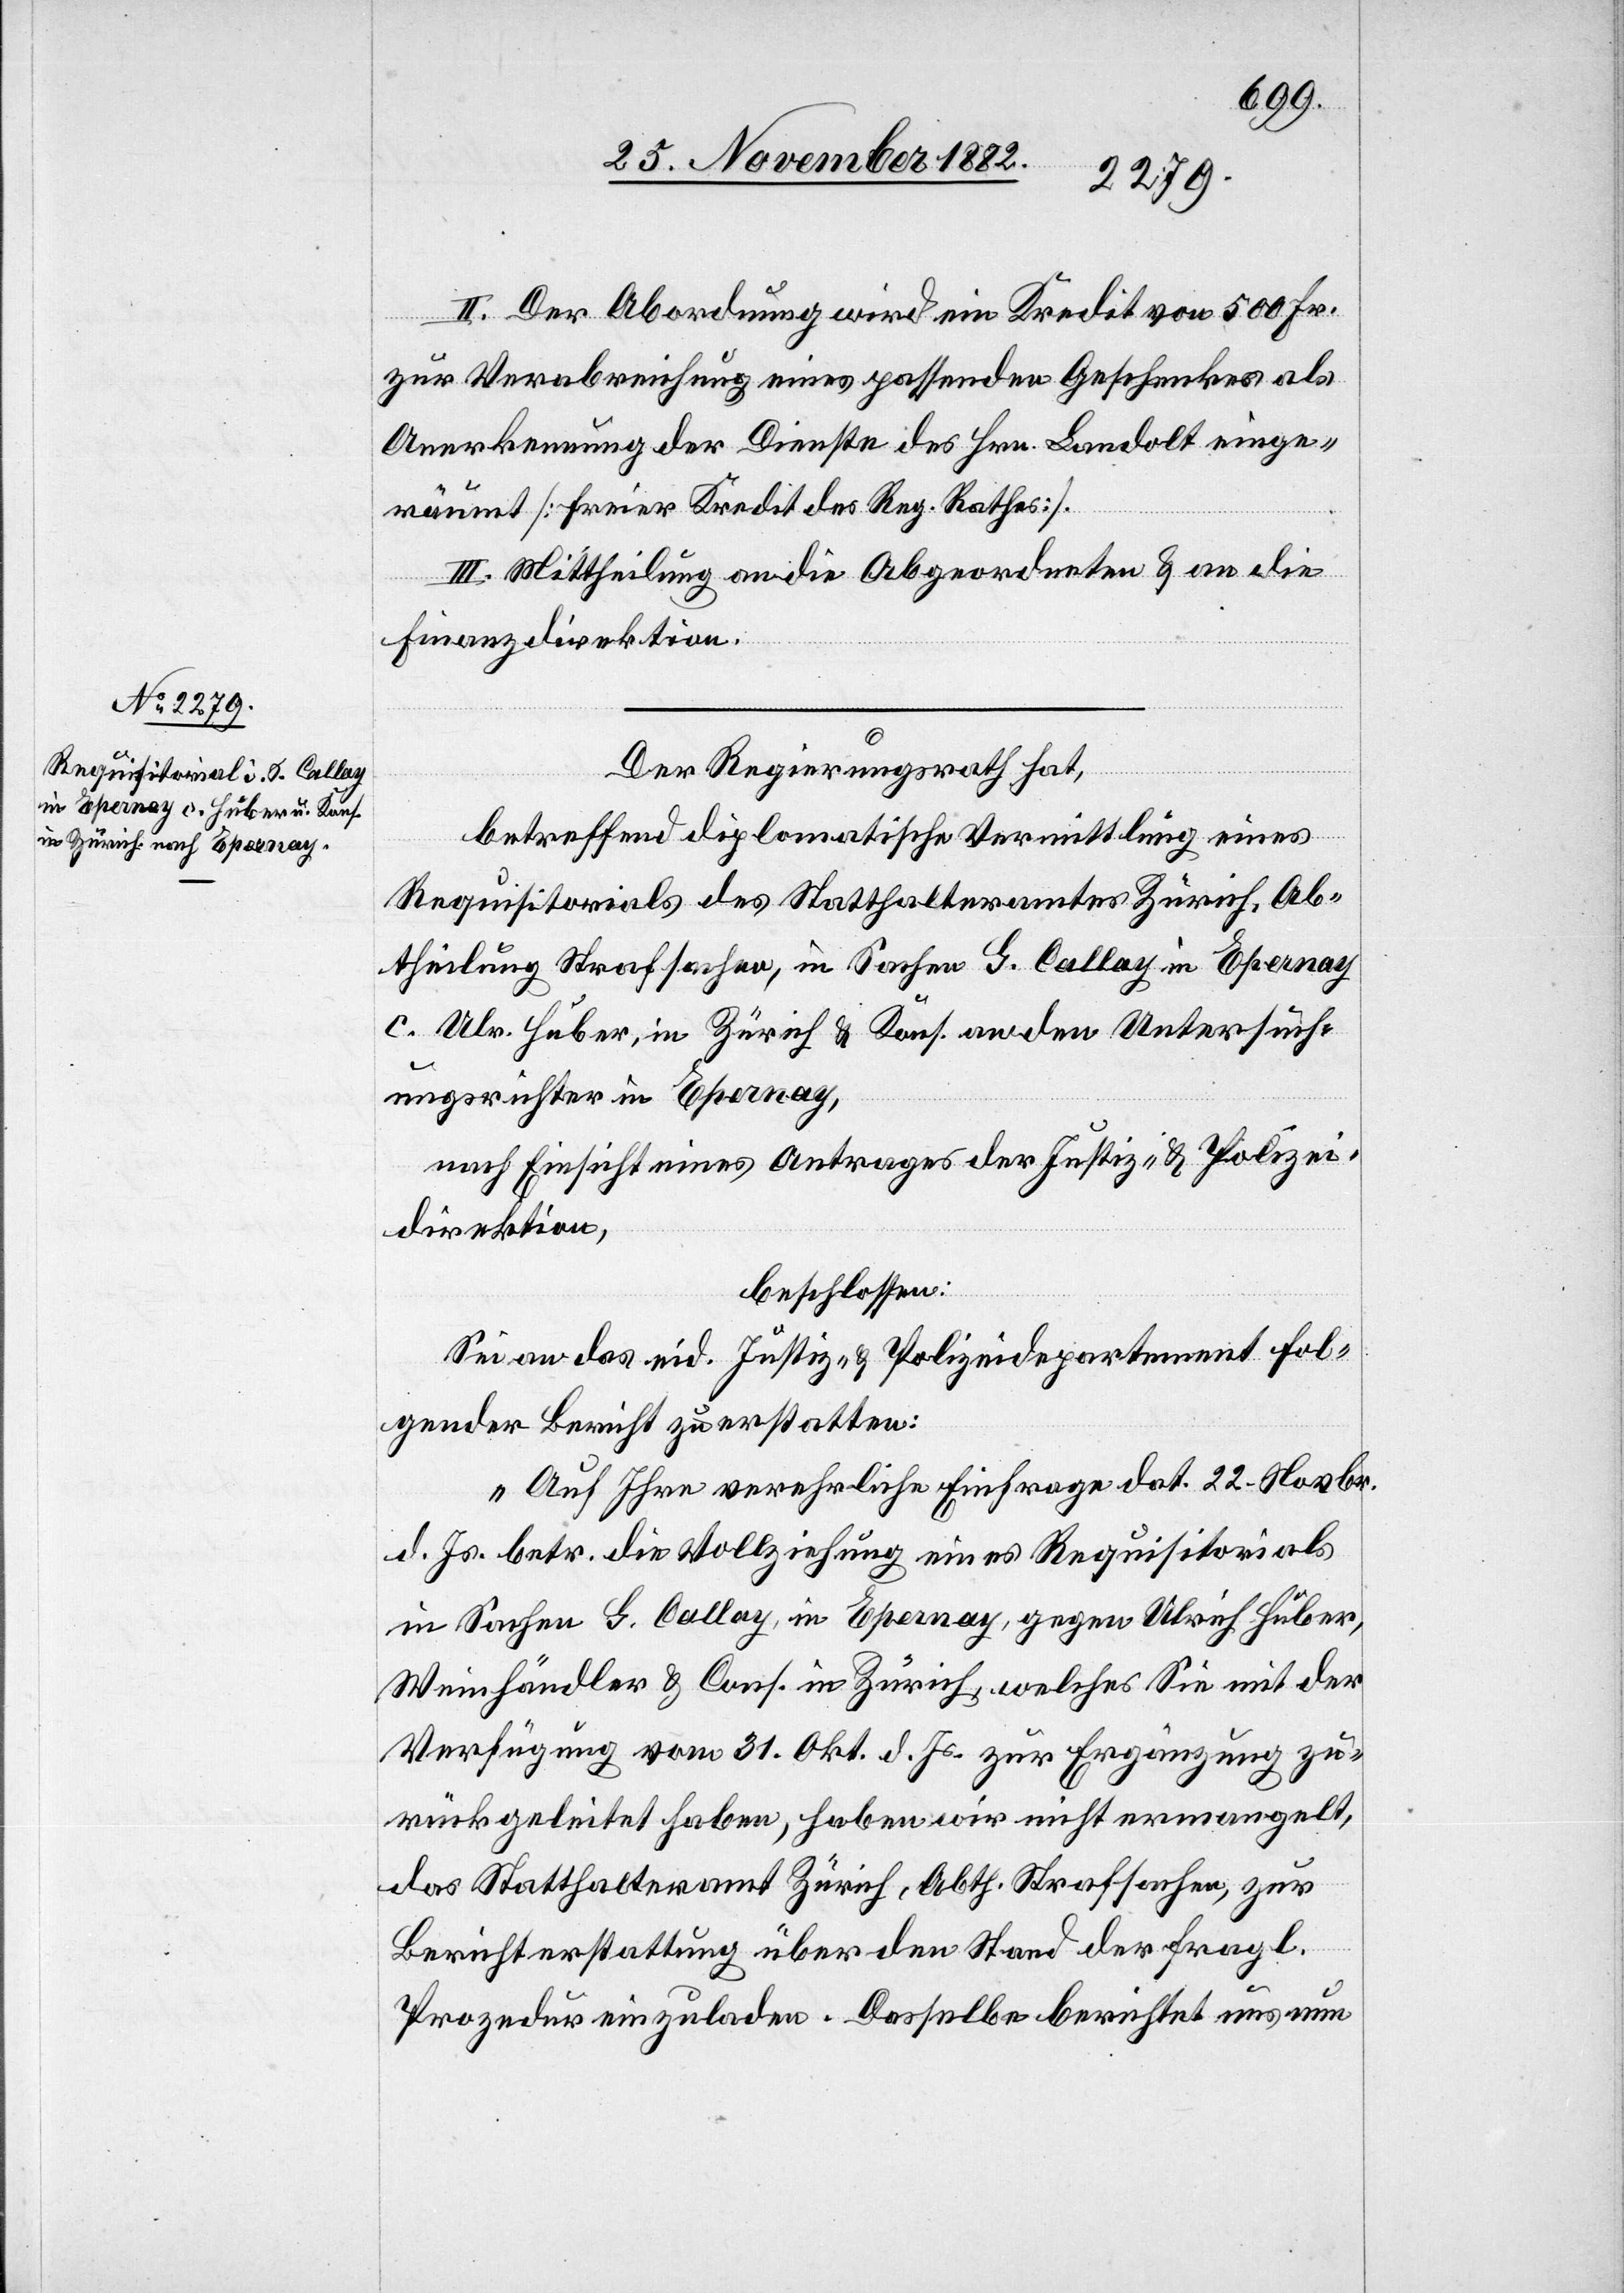
II. Der Abordnung wird ein Kredit von 500 Fr.
zur Verabreichung eines passenden Geschenkes als
Anerkennung der Dienste des Hrn. Landolt einge¬
räumt [freier Kredit des Reg. Rathes].
III. Mittheilung an die Abgeordneten & an die
Finanzdirektion.
Der Regierungsrath hat,
betreffend diplomatische Vermittlung eines
Requisitorials des Statthalteramtes Zürich, Ab¬
theilung Strafsachen, in Sachen G. Callay in Epernay
c. Ulr. Huber, in Zürich & Kons. an den Untersuch¬
ungsrichter in Epernay,
nach Einsicht eines Antrages der Justiz- & Polizei¬
direktion,
beschlossen:
Sei an das eid. Justiz- & Polizeidepartement fol¬
gender Bericht zu erstatten:
„Auf Ihre verehrliche Einfrage dat. 22. Novbr.
d. Js. betr. die Vollziehung eines Requisitorials
in Sachen G. Callay, in Epernay, gegen Ulrich Huber,
Weinhändler & Cons. in Zürich, welches Sie mit der
Verfügung vom 31. Okt. d. Js. zur Ergänzung zu¬
rückgeleitet haben, haben wir nicht ermangelt,
das Statthalteramt Zürich, Abth. Strafsachen, zur
Berichterstattung über den Stand der fragl.
Prozedur einzuladen. Dasselbe berichtet uns nun